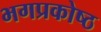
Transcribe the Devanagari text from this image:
भगप्रकोष्ठ